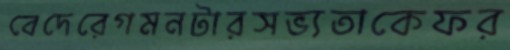
বেদেরেগমনটারসভ্যতাকেফর